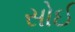
સોઈ